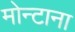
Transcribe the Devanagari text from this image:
मोन्‍टाना